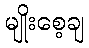
မျိုးစေ့ချ